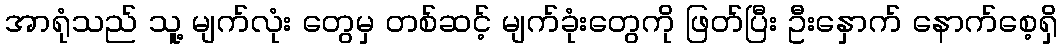
အာရုံသည် သူ့ မျက်လုံး တွေမှ တစ်ဆင့် မျက်ခုံးတွေကို ဖြတ်ပြီး ဦးနှောက် နောက်စေ့ရှိ